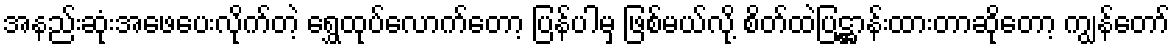
အနည်းဆုံးအဖေပေးလိုက်တဲ့ ရွှေထုပ်လောက်တော့ ပြန်ပါမှ ဖြစ်မယ်လို့ စိတ်ထဲပြဋ္ဌာန်းထားတာဆိုတော့ ကျွန်တော်